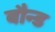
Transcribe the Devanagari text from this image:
बौन्ड